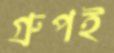
গ্রুপই